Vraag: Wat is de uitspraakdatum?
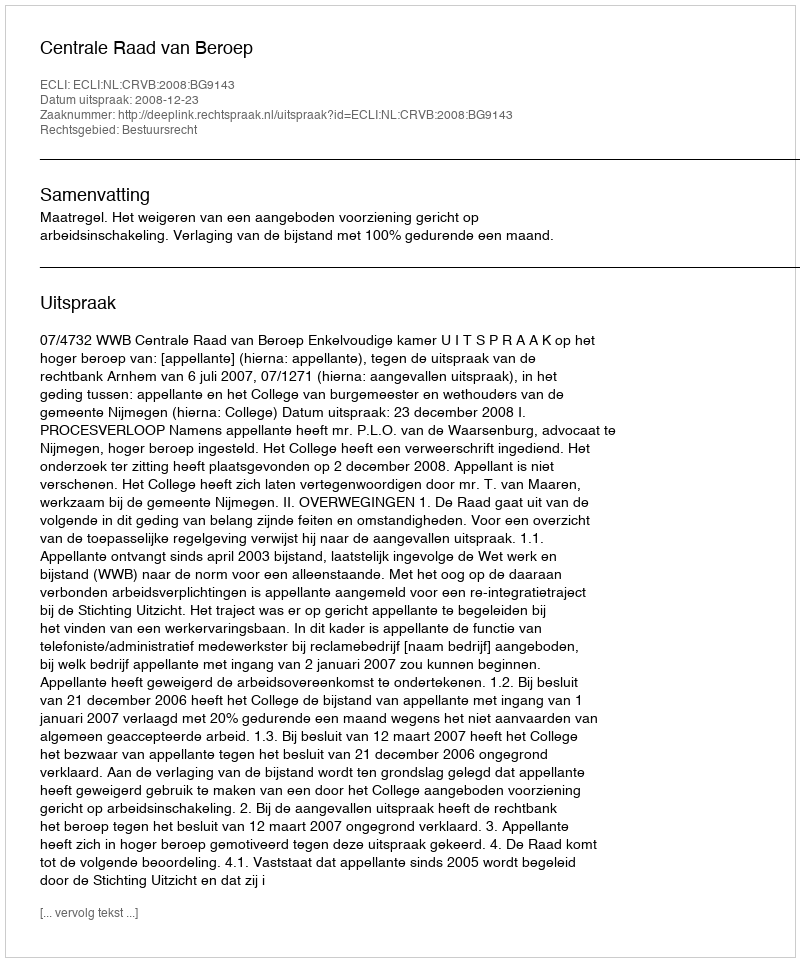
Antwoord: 2008-12-23